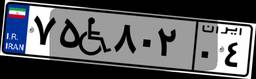
۷۵W۸۰۲۰۴